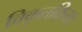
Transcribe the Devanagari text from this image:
विकृतक्रिया